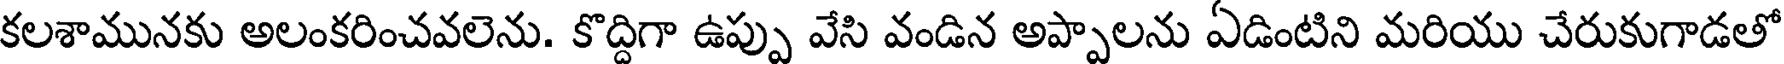
కలశామునకు అలంకరించవలెను. కొద్దిగా ఉప్పు వేసి వండిన అప్పాలను ఏడింటిని మరియు చేరుకుగాడతో